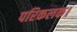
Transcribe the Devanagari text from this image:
परिकलक।